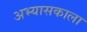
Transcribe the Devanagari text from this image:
अभ्यासकाला